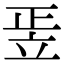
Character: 𥩠